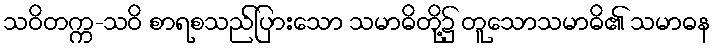
သဝိတက္က-သဝိ စာရစသည်ပြားသော သမာဓိတို့၌ တူသောသမာဓိ၏ သမာဓန